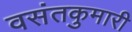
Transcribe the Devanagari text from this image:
वसंतकुमारी